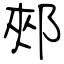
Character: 郟